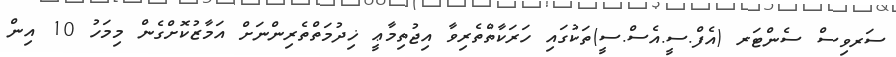
ސަރވިސް ސެންޓަރ (އެފް.ސީ.އެސް.ސީ)ތަކުގައި ހަރަކާތްތެރިވާ އިޖުތިމާޢީ ޚިދުމަތްތެރިންނަށް އަމާޒުކޮށްގެން މިމަހު 10 އިން